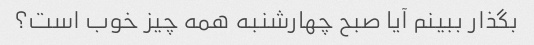
بگذار ببینم آیا صبح چهارشنبه همه چیز خوب است؟